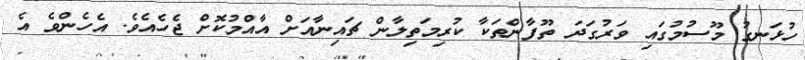
ހުޅަނގު މޫސުމުގައި ވަރުގަދަ ތޫފާންތަކާ ކުރިމަތިލާން ޗައިނާއަށް އާއްމުކޮށް ޖެހެއެވެ. އެހެންވެ އެ